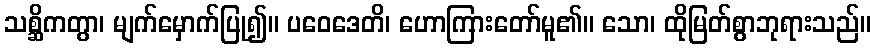
သစ္ဆိကတွာ၊ မျက်မှောက်ပြု၍။ ပဝေဒေတိ၊ ဟောကြားတော်မူ၏။ သော၊ ထိုမြတ်စွာဘုရားသည်။